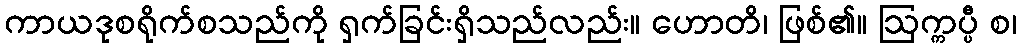
ကာယဒုစရိုက်စသည်ကို ရှက်ခြင်းရှိသည်လည်း။ ဟောတိ၊ ဖြစ်၏။ ဩက္ကပ္ပီ စ၊